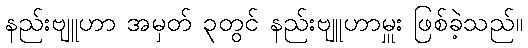
နည်းဗျူဟာ အမှတ် ၃တွင် နည်းဗျူဟာမှူး ဖြစ်ခဲ့သည်။